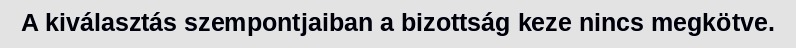
A kiválasztás szempontjaiban a bizottság keze nincs megkötve.